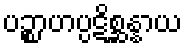
ပဉ္စာဟပ္ပဋိစ္ဆန္နာယ